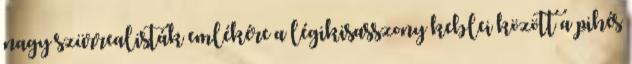
nagy szürrealisták emlékére a légikisasszony keblei között a pihés